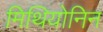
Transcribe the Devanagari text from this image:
मिथियोनिन